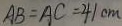
A B = A C = 4 1 c m